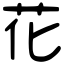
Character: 花